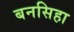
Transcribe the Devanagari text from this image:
बनसिहा